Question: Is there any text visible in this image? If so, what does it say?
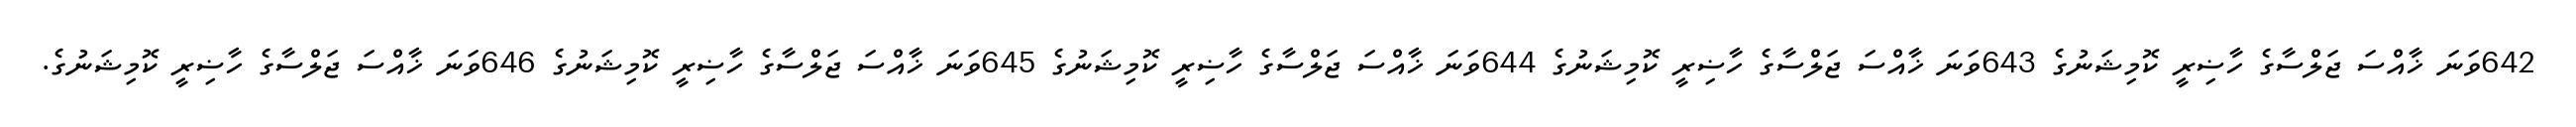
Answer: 642ވަނަ ޚާއްސަ ޖަލްސާގެ ހާޟިރީ ކޮމިޝަނުގެ 643ވަނަ ޚާއްސަ ޖަލްސާގެ ހާޟިރީ ކޮމިޝަނުގެ 644ވަނަ ޚާއްސަ ޖަލްސާގެ ހާޟިރީ ކޮމިޝަނުގެ 645ވަނަ ޚާއްސަ ޖަލްސާގެ ހާޟިރީ ކޮމިޝަނުގެ 646ވަނަ ޚާއްސަ ޖަލްސާގެ ހާޟިރީ ކޮމިޝަނުގެ.